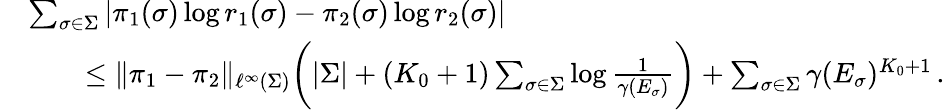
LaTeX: \begin{array}{rl}&{\sum_{\sigma\in\Sigma}|\pi_{1}(\sigma)\log r_{1}(\sigma)-\pi_{2}(\sigma)\log r_{2}(\sigma)|}\\ &{\qquad\le\| \pi_{1}-\pi_{2}\| _{\ell^{\infty}(\Sigma)}\bigg(|\Sigma|+(K_{0}+1)\sum_{\sigma\in\Sigma}\log\frac 1{\gamma(E_{\sigma})}\bigg)+\sum_{\sigma\in\Sigma}\gamma(E_{\sigma})^{K_{0}+1}\, .}\end{array}